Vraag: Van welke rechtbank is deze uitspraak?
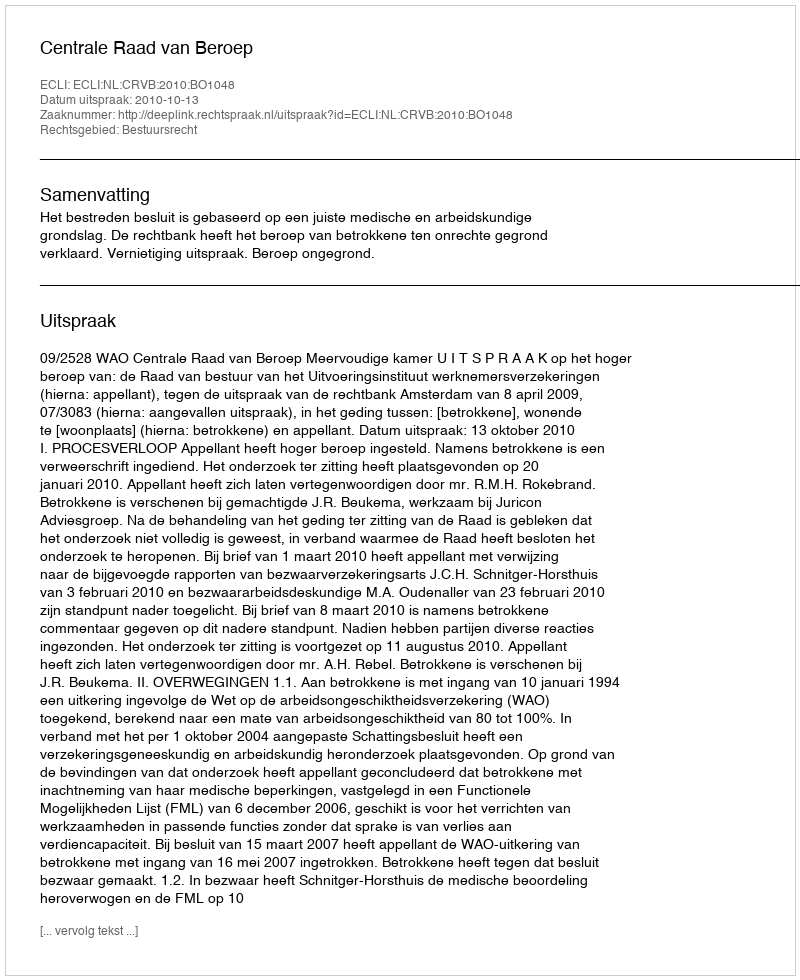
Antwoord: Centrale Raad van Beroep